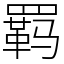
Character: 羁